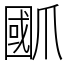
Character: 爴